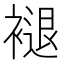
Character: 褪